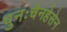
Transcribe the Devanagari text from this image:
पुनःचैनहेसेन